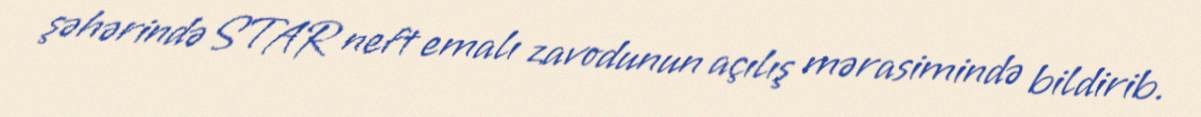
şəhərində STAR neft emalı zavodunun açılış mərasimində bildirib.